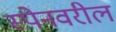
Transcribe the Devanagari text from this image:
स्पेनवरील